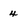
Character: 4